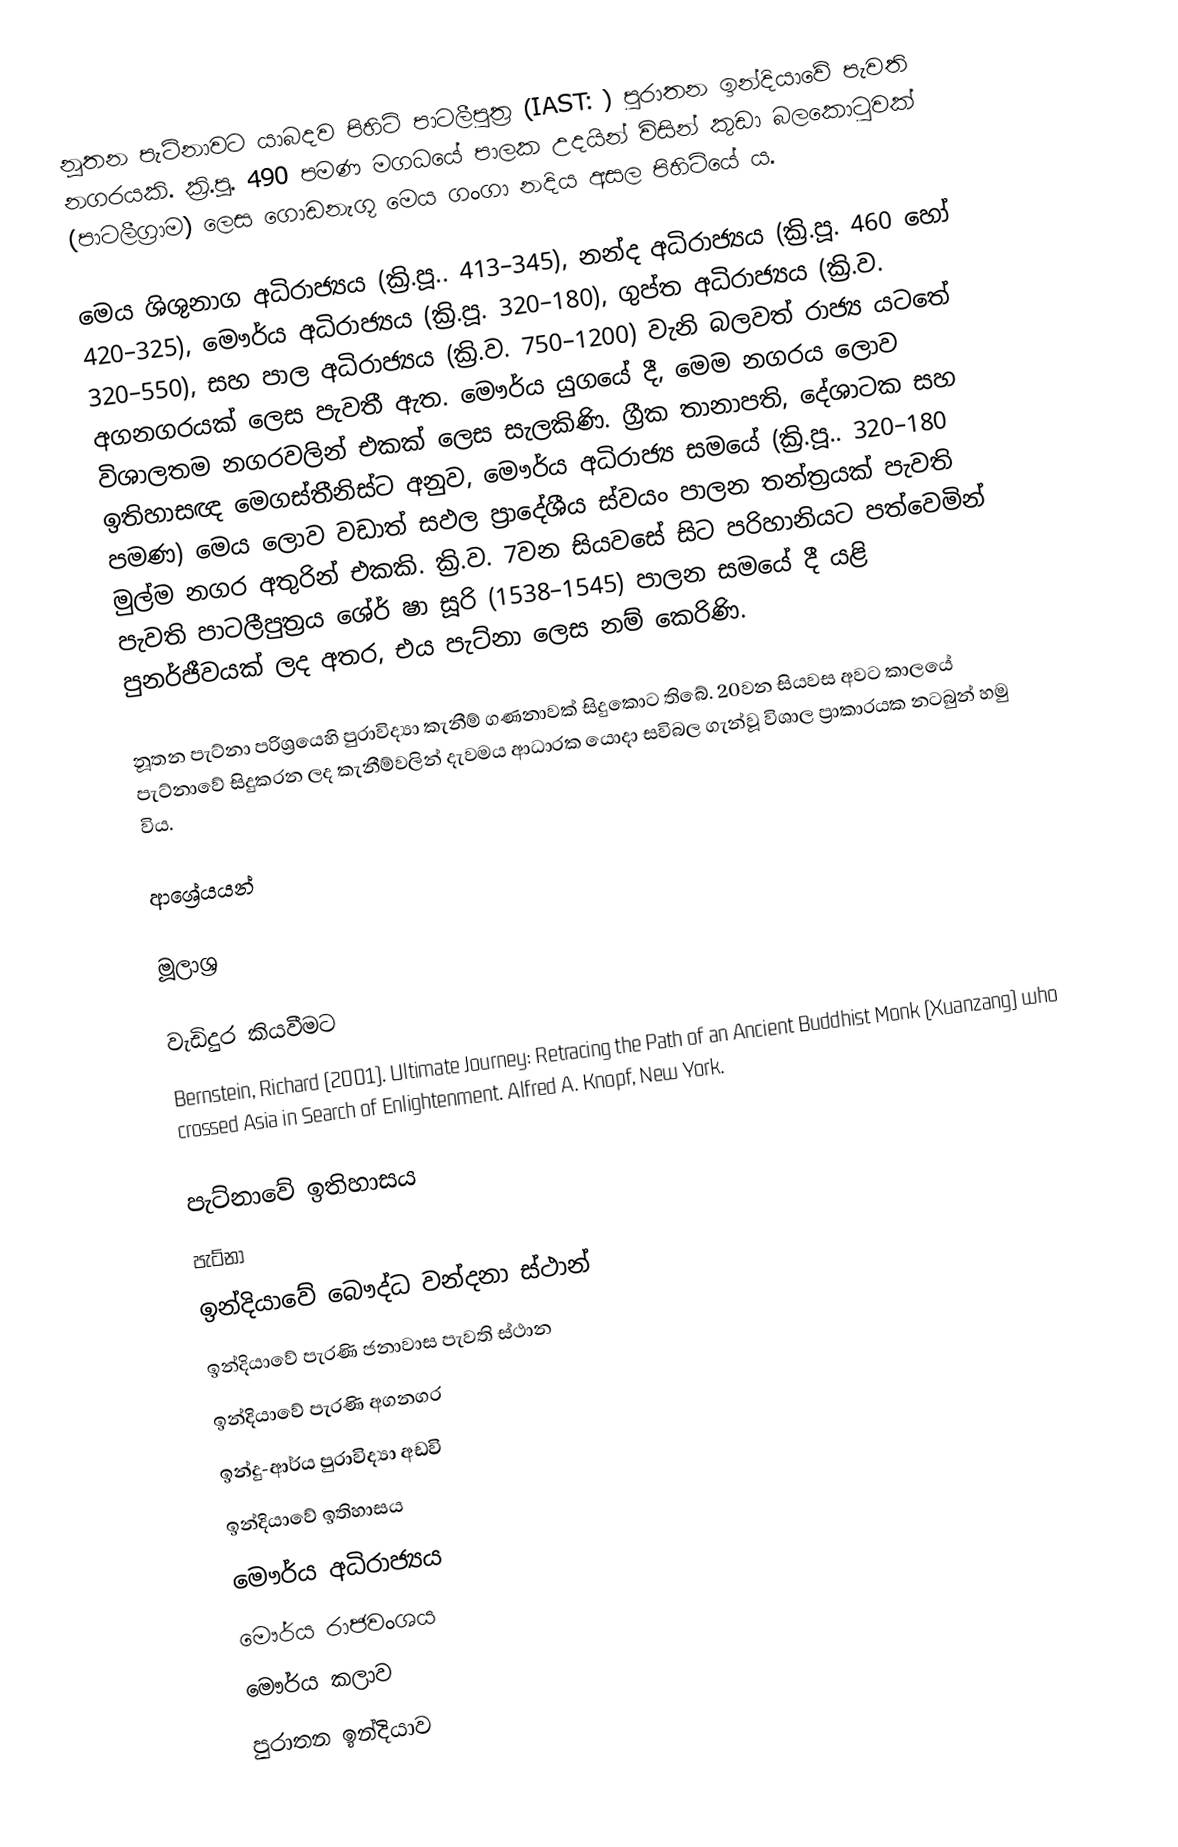
නූතන පැට්නාවට යාබදව පිහිටි පාටලීපුත්‍ර (IAST: ) පුරාතන ඉන්දියාවේ පැවති නගරයකි. ක්‍රි.පූ. 490 පමණ මගධයේ පාලක උදයින් විසින් කුඩා බලකොටුවක් (පාටලීග්‍රාම) ලෙස ගොඩනැගූ මෙය ගංගා නදිය අසල පිහිටියේ ය.

මෙය ශිශුනාග අධිරාජ්‍යය (ක්‍රි.පූ.. 413–345), නන්ද අධිරාජ්‍යය (ක්‍රි.පූ. 460 හෝ 420–325), මෞර්ය අධිරාජ්‍යය (ක්‍රි.පූ. 320–180), ගුප්ත අධිරාජ්‍යය (ක්‍රි.ව. 320–550), සහ පාල අධිරාජ්‍යය (ක්‍රි.ව. 750–1200) වැනි බලවත් රාජ්‍ය යටතේ අගනගරයක් ලෙස පැවතී ඇත. මෞර්ය යුගයේ දී, මෙම නගරය ලොව විශාලතම නගරවලින් එකක් ලෙස සැලකිණි. ග්‍රීක තානාපති, දේශාටක සහ ඉතිහාසඥ මෙගස්තීනිස්ට අනුව, මෞර්ය අධිරාජ්‍ය සමයේ (ක්‍රි.පූ.. 320–180 පමණ) මෙය ලොව වඩාත් සඵල ප්‍රාදේශීය ස්වයං පාලන තන්ත්‍රයක් පැවති මුල්ම නගර අතුරින් එකකි. ක්‍රි.ව. 7වන සියවසේ සිට පරිහානියට පත්වෙමින් පැවති පාටලීපුත්‍රය ශේර් ෂා සූරි (1538–1545) පාලන සමයේ දී යළි පුනර්ජීවයක් ලද අතර, එය පැට්නා ලෙස නම් කෙරිණි.

නූතන පැට්නා පරිශ්‍රයෙහි පුරාවිද්‍යා කැනීම් ගණනාවක් සිදුකොට තිබේ. 20වන සියවස අවට කාලයේ පැට්නාවේ සිදුකරන ලද කැනීම්වලින් දැවමය ආධාරක යොදා සවිබල ගැන්වූ විශාල ප්‍රාකාරයක නටබුන් හමු විය.

ආශ්‍රේයයන්

මූලාශ්‍ර

වැඩිදුර කියවීමට
 Bernstein, Richard (2001). Ultimate Journey: Retracing the Path of an Ancient Buddhist Monk (Xuanzang) who crossed Asia in Search of Enlightenment. Alfred A. Knopf, New York.

පැට්නාවේ ඉතිහාසය
පැට්නා
ඉන්දියාවේ බෞද්ධ වන්දනා ස්ථාන්
ඉන්දියාවේ පැරණි ජනාවාස පැවති ස්ථාන
ඉන්දියාවේ පැරණි අගනගර
ඉන්දු-ආර්ය පුරාවිද්‍යා අඩවි
ඉන්දියාවේ ඉතිහාසය
මෞර්ය අධිරාජ්‍යය
මෞර්ය රාජවංශය
මෞර්ය කලාව
පුරාතන ඉන්දියාව